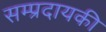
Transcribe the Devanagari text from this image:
सम्प्रदायकी